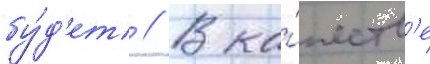
бу́д'ет // В ка́честв'е